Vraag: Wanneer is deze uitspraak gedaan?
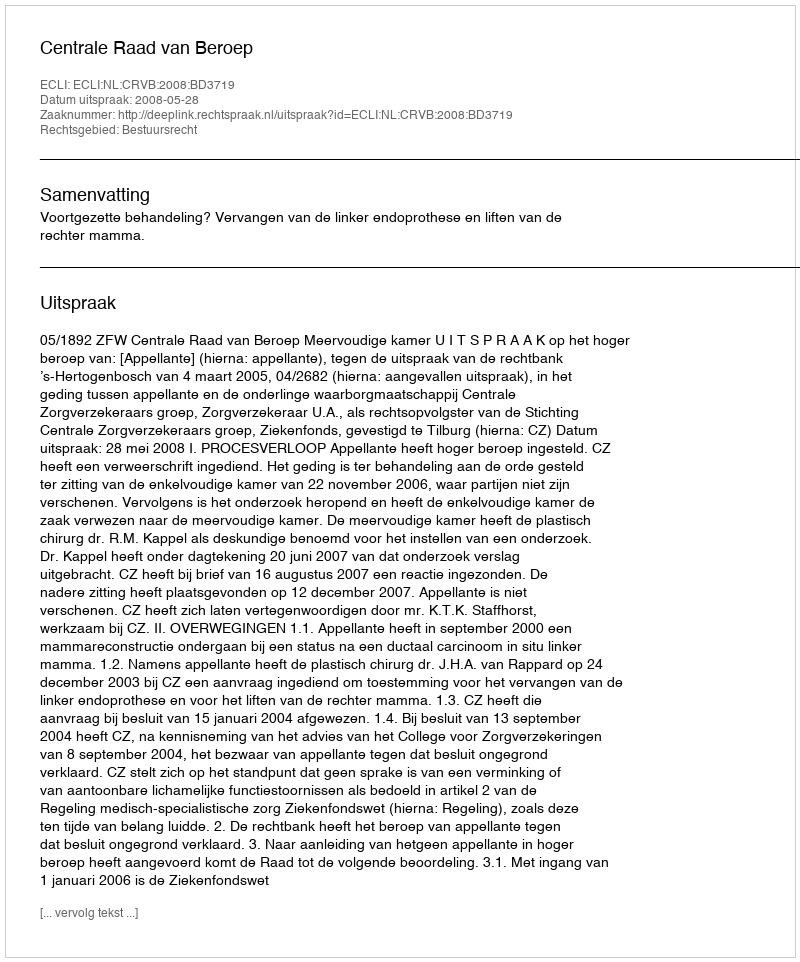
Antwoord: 2008-05-28